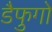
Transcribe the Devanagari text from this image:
डैफुगो